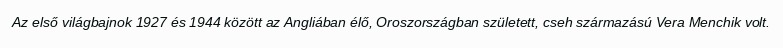
Az első világbajnok 1927 és 1944 között az Angliában élő, Oroszországban született, cseh származású Vera Menchik volt.